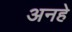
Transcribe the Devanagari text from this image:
अनहे